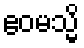
ဧဝမသ္မိ